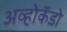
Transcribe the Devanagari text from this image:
अव्होकॅडो